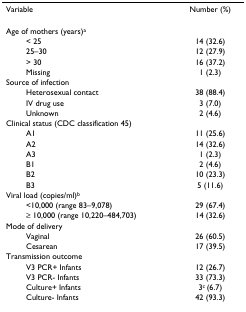
| Variable | Number (%) |
 | --- | --- |
 | Age of mothers (years)a |  |
 | < 25 | 14 (32.6) |
 | 25–30 | 12 (27.9) |
 | > 30 | 16 (37.2) |
 | Missing | 1 (2.3) |
 | Source of infection |  |
 | Heterosexual contact | 38 (88.4) |
 | IV drug use | 3 (7.0) |
 | Unknown | 2 (4.6) |
 | Clinical status (CDC classification 45) |  |
 | A1 | 11 (25.6) |
 | A2 | 14 (32.6) |
 | A3 | 1 (2.3) |
 | B1 | 2 (4.6) |
 | B2 | 10 (23.3) |
 | B3 | 5 (11.6) |
 | Viral load (copies/ml)b |  |
 | <10,000 (range 83–9,078) | 29 (67.4) |
 | ≥ 10,000 (range 10,220–484,703) | 14 (32.6) |
 | Mode of delivery |  |
 | Vaginal | 26 (60.5) |
 | Cesarean | 17 (39.5) |
 | Transmission outcome |  |
 | V3 PCR+ Infants | 12 (26.7) |
 | V3 PCR- Infants | 33 (73.3) |
 | Culture+ Infants | 3c (6.7) |
 | Culture- Infants | 42 (93.3) |